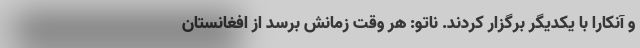
و آنکارا با یکدیگر برگزار کردند. ناتو: هر وقت زمانش برسد از افغانستان